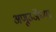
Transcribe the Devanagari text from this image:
अणूउर्जेच्या